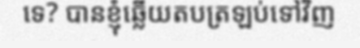
ទេ? បានខ្ញុំឆ្លើយតបត្រឡប់ទៅវិញ